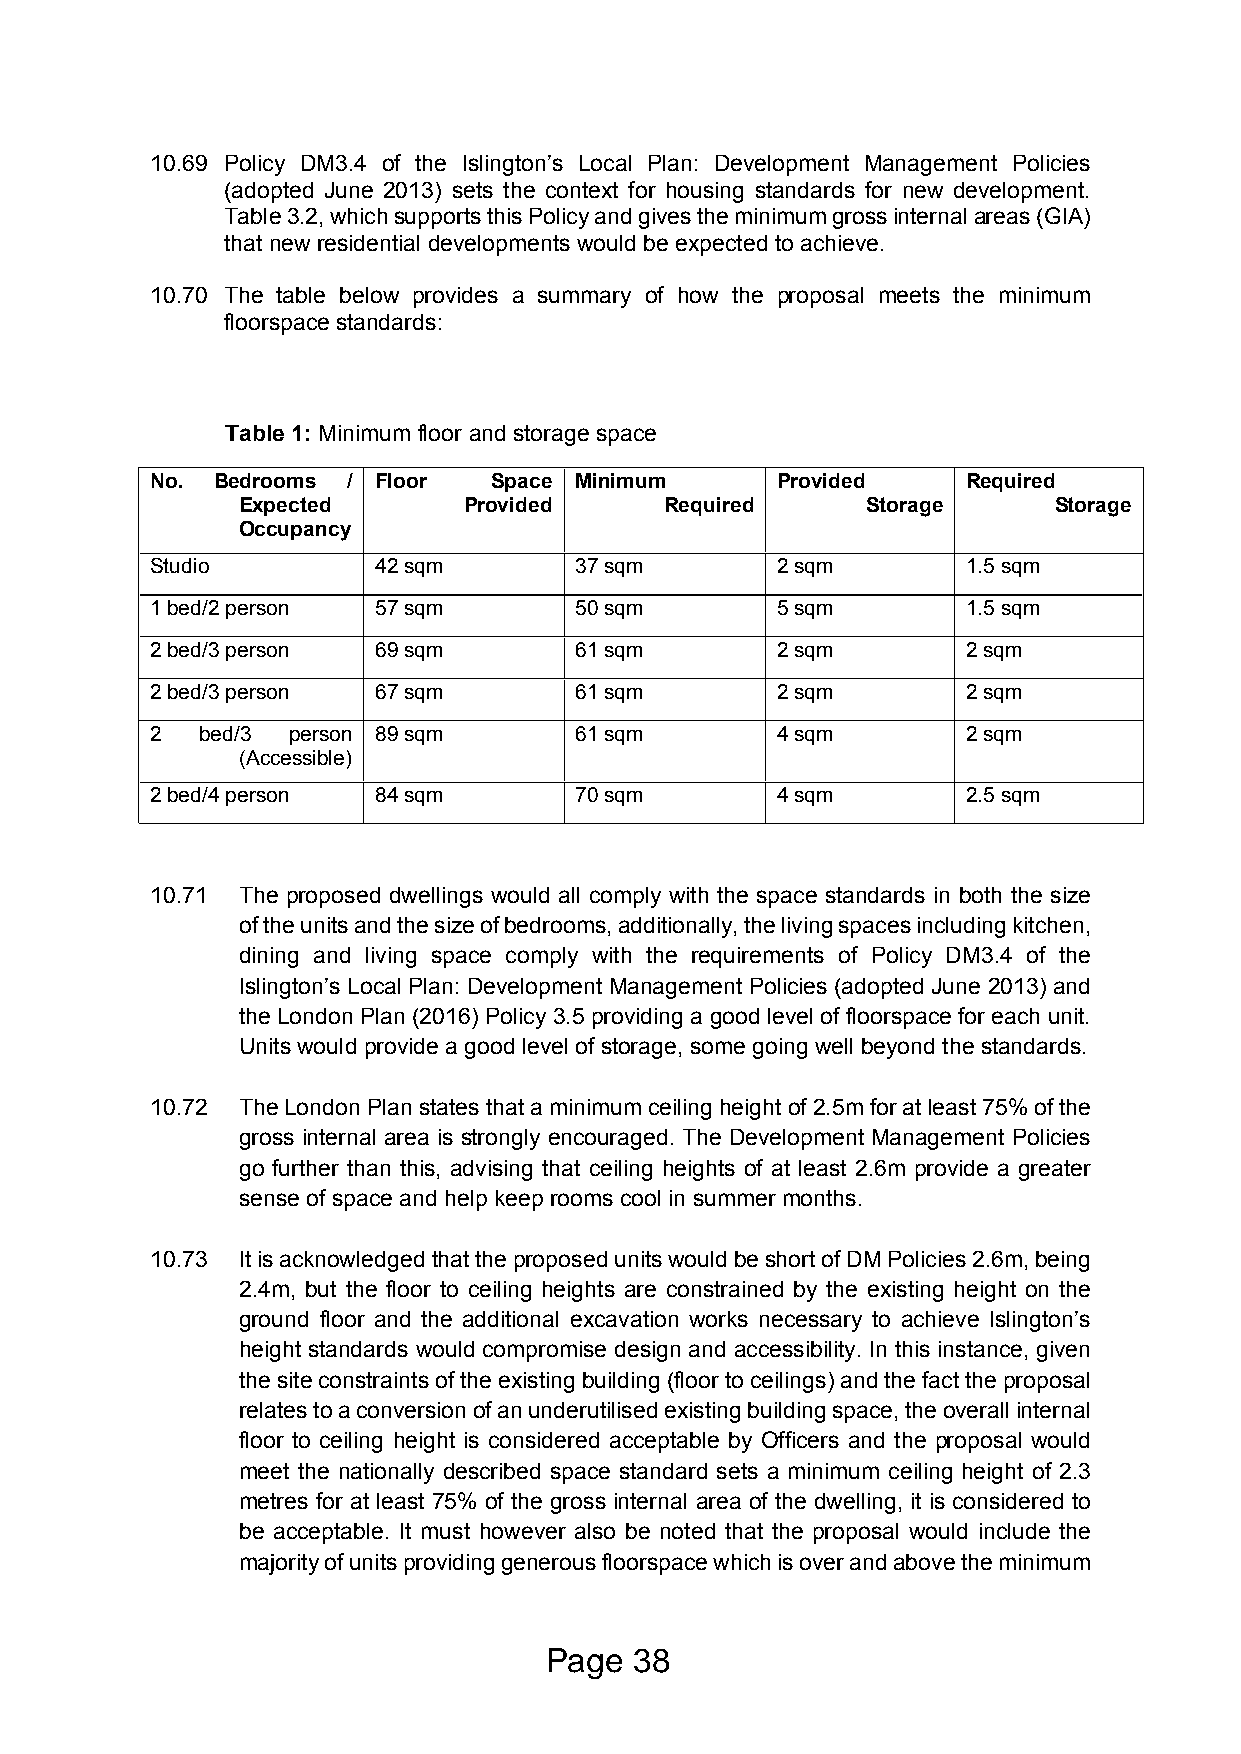
10.69 Policy DM3.4 of the Islington’s Local Plan: Development Management Policies
 (adopted June 2013) sets the context for housing standards for new development.
 Table 3.2, which supports this Policy and gives the minimum gross internal areas (GIA)
 that new residential developments would be expected to achieve.
 10.70 The table below provides a summary of how the proposal meets the minimum
 floorspace standards:
 Table 1: Minimum floor and storage space
 No. Bedrooms / Floor   Space Minimum     Provided     Required
 Expected       Provided     Required     Storage      Storage
 Occupancy
 Studio         42 sqm       37 sqm       2 sqm        1.5 sqm
 1 bed/2 person 57 sqm       50 sqm       5 sqm        1.5 sqm
 2 bed/3 person 69 sqm       61 sqm       2 sqm        2 sqm
 2 bed/3 person 67 sqm       61 sqm       2 sqm        2 sqm
 2  bed/3 person 89 sqm      61 sqm       4 sqm        2 sqm
 (Accessible)
 2 bed/4 person 84 sqm       70 sqm       4 sqm        2.5 sqm
 10.71 The proposed dwellings would all comply with the space standards in both the size
 of the units and the size of bedrooms, additionally, the living spaces including kitchen,
 dining and living space comply with the requirements of Policy DM3.4 of the
 Islington’s Local Plan: Development Management Policies (adopted June 2013) and
 the London Plan (2016) Policy 3.5 providing a good level of floorspace for each unit.
 Units would provide a good level of storage, some going well beyond the standards.
 10.72 The London Plan states that a minimum ceiling height of 2.5m for at least 75% of the
 gross internal area is strongly encouraged. The Development Management Policies
 go further than this, advising that ceiling heights of at least 2.6m provide a greater
 sense of space and help keep rooms cool in summer months.
 10.73 It is acknowledged that the proposed units would be short of DM Policies 2.6m, being
 2.4m, but the floor to ceiling heights are constrained by the existing height on the
 ground floor and the additional excavation works necessary to achieve Islington’s
 height standards would compromise design and accessibility. In this instance, given
 the site constraints of the existing building (floor to ceilings) and the fact the proposal
 relates to a conversion of an underutilised existing building space, the overall internal
 floor to ceiling height is considered acceptable by Officers and the proposal would
 meet the nationally described space standard sets a minimum ceiling height of 2.3
 metres for at least 75% of the gross internal area of the dwelling, it is considered to
 be acceptable. It must however also be noted that the proposal would include the
 majority of units providing generous floorspace which is over and above the minimum
 Page  38